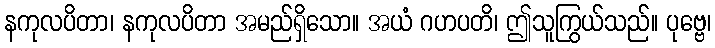
နကုလပိတာ၊ နကုလပိတာ အမည်ရှိသော။ အယံ ဂဟပတိ၊ ဤသူကြွယ်သည်။ ပုဗ္ဗေ၊